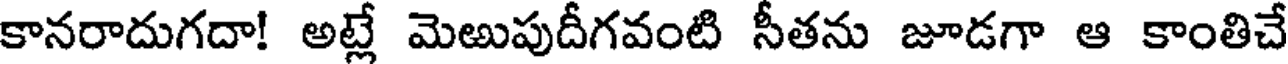
కానరాదుగదా! అట్లే మెఱుపుదీగవంటి సీతను జూడగా ఆ కాంతిచే